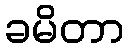
ခမိတာ